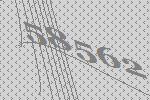
58562